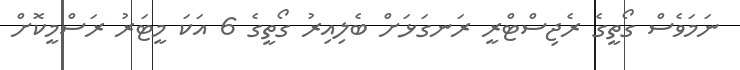
ނަމަވެސް ގޯތީގެ ރެޖިސްޓްރީ ރަނގަޅަށް ބެލިއިރު ގޯތީގެ 6 އަކަ މީޓަރު ރަސްމީކޮށް